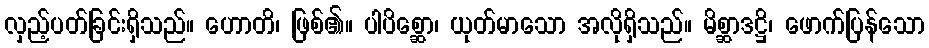
လှည့်ပတ်ခြင်းရှိသည်။ ဟောတိ၊ ဖြစ်၏။ ပါပိစ္ဆော၊ ယုတ်မာသော အလိုရှိသည်။ မိစ္ဆာဒဋ္ဌိ၊ ဖောက်ပြန်သော